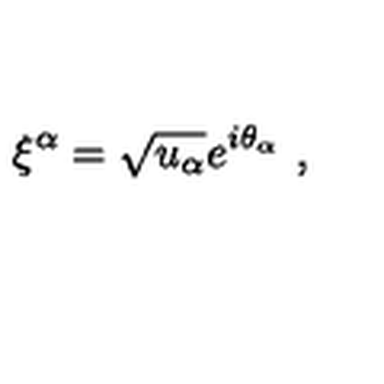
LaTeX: \xi ^ { \alpha } = \sqrt { u _ { \alpha } } e ^ { i \theta _ { \alpha } } \ ,